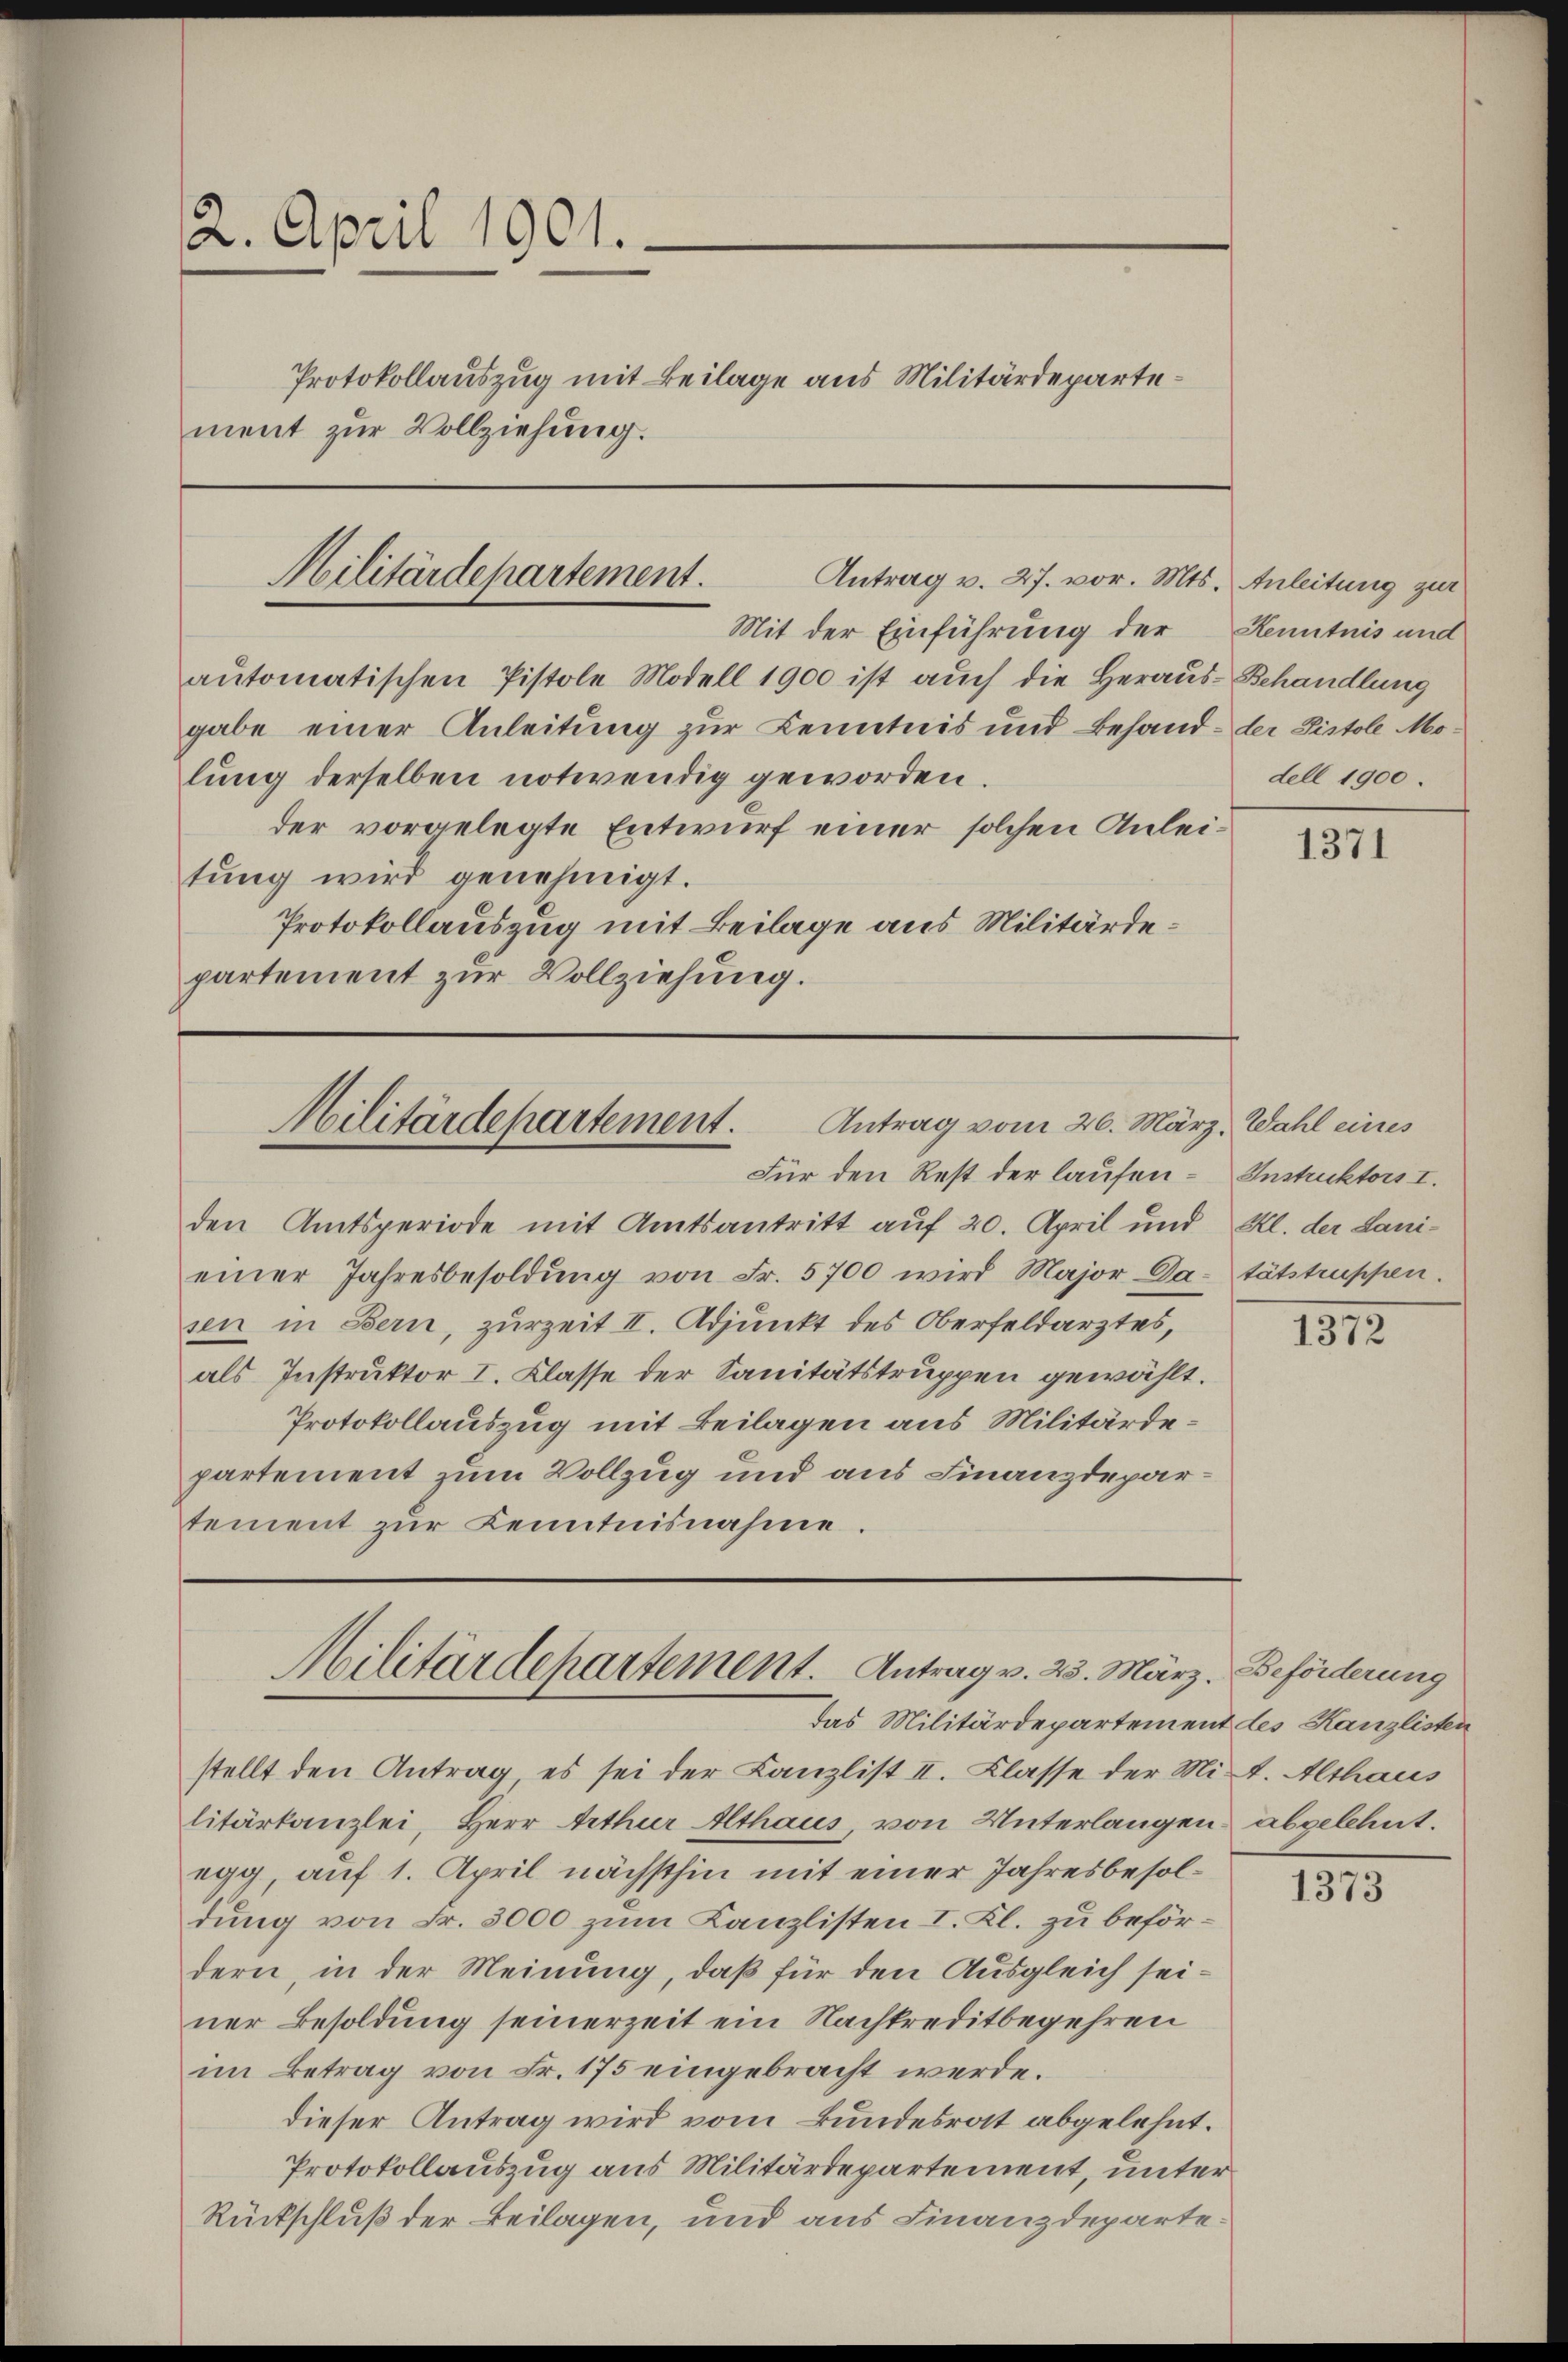
2. April 1901.
Protokollauszug mit Beilage aus Militärdepartement zur Vollziehung.

Militärdepartement.
Antrag v. 27. vor. Mts. Anleitung zur
Mit der Einführung der Kenntnis und

Antrag vom 26. März, Wahl eines
Militärdepartement.
Für den Rest der laufen - Instruktors I.

automatischen Pistole Modell 1900 ist auch die Heraus-Behandlung
gabe einer Anleitung zur Kenntnis und Behand- der Pistole Molung derselben notwendig geworden.
der vorgelegte Entwurf einer solchen Anleitung wird genehmigt.
Protokollauszug mit Beilage aus Militärdepartement zur Vollziehung.

den Amtsperiode mit Amtsantritt auf 20. April und Kl. der Lanieiner Jahresbesoldŭng von Fr. 5700 wird Major Da tätstruppen.
sen in Bern, zurzeit II. Adjunkt des Oberfeldarztes,
als Instruktor I. Klasse der Sanitätstruppen gewählt.
Protokollauszug mit Beilagen aus Militärdepartement zum Vollzug und aus Finanzdepartement zŭr Kenntnisnahme.

Militärdepartement.   Antrag v. 23. März, Beförderung
das Militärdepartement des Kanzlisten

stellt den Antrag es sei der Canzlist II. Klasse der Mit. Althaus
litärkanzlei, Herr Arthur Althaus, von Unterlangen abgelehnt.
egg, auf 1. April nächsthin mit einer Jahresbesoldung von Fr. 3000 zum Kanzlisten I. Kl. zu befördern, in der Meinung, daß für den Ausgleich seiner Besoldung seinerzeit ein Nachkreditbegehren
im Betrag von Fr. 175 eingebracht werde.
dieser Antrag wird vom Bundesrat abgelehnt.
Protokollauszug aus Militärdepartement, unter
Rückschluß der Beilagen, und aus Finanzdeparte¬

dell 1900.

1371

1812.

1373